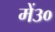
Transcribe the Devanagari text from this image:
में३०